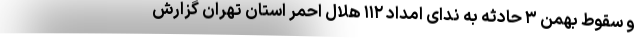
و سقوط بهمن ۳ حادثه به ندای امداد ۱۱۲ هلال احمر استان تهران گزارش